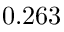
0 . 2 6 3 ^ { }